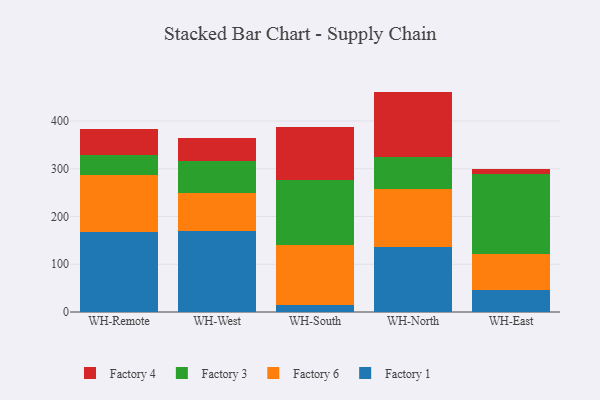
{"axis": {"x": "Warehouse", "y": "Satisfaction Score"}, "legend": ["Factory 1", "Factory 3", "Factory 4", "Factory 6"], "data": [{"x": "WH-Remote", "y": 167.2, "type": "Factory 1"}, {"x": "WH-Remote", "y": 119.1, "type": "Factory 6"}, {"x": "WH-Remote", "y": 43.5, "type": "Factory 3"}, {"x": "WH-Remote", "y": 53.1, "type": "Factory 4"}, {"x": "WH-West", "y": 169.1, "type": "Factory 1"}, {"x": "WH-West", "y": 80.4, "type": "Factory 6"}, {"x": "WH-West", "y": 67.2, "type": "Factory 3"}, {"x": "WH-West", "y": 48.5, "type": "Factory 4"}, {"x": "WH-South", "y": 14.1, "type": "Factory 1"}, {"x": "WH-South", "y": 126.1, "type": "Factory 6"}, {"x": "WH-South", "y": 135.6, "type": "Factory 3"}, {"x": "WH-South", "y": 112.4, "type": "Factory 4"}, {"x": "WH-North", "y": 136.8, "type": "Factory 1"}, {"x": "WH-North", "y": 120.6, "type": "Factory 6"}, {"x": "WH-North", "y": 67.9, "type": "Factory 3"}, {"x": "WH-North", "y": 136.3, "type": "Factory 4"}, {"x": "WH-East", "y": 45.6, "type": "Factory 1"}, {"x": "WH-East", "y": 75.6, "type": "Factory 6"}, {"x": "WH-East", "y": 168.7, "type": "Factory 3"}, {"x": "WH-East", "y": 9.8, "type": "Factory 4"}]}